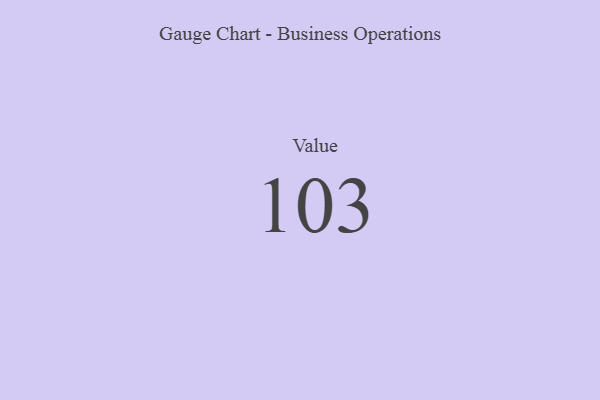
{"axis": {"x": "Metric", "y": "Value"}, "legend": [""], "data": [{"x": "Value", "y": 103, "type": ""}]}